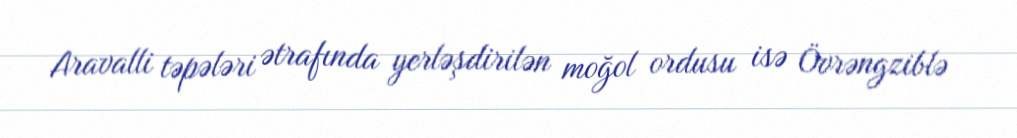
Aravalli təpələri ətrafında yerləşdirilən moğol ordusu isə Övrəngziblə